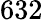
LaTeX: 632